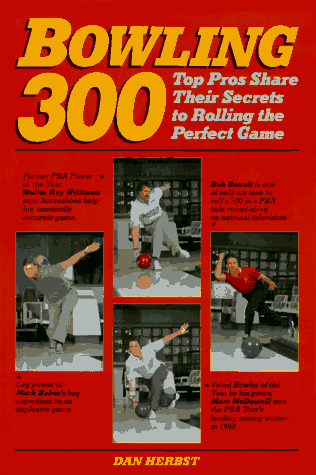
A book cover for Bowling 300: Top Pros Share Their Secrets to Rolling the Perfect Game; Dan Herbst; Sports & Outdoors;